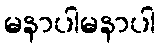
မနာပါမနာပါ